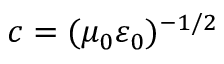
c = ( \mu _ { 0 } \varepsilon _ { 0 } ) ^ { - 1 / 2 }